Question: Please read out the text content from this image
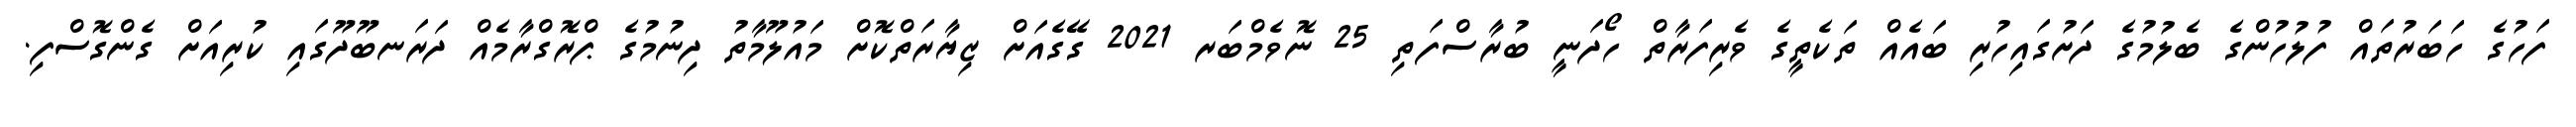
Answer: ފަހުގެ ހަބަރުތައް ފުލުހުންގެ ބެލުމުގެ ދަށުގައިހުރި ބައެއް ތަކެތީގެ ވެރިފަރާތް ހޯދަނީ ބުރާސްފަތި 25 ނޮވެމްބަރ 2021 ގޭގެއަށް ޒިޔާރަތްކޮށް މައުލޫމާތު ދިނުމުގެ ޕްރޮގްރާމެއް ދަރަނބޫދޫގައި ކުރިއަށް ގެންގޮސްފި.